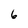
Character: 6